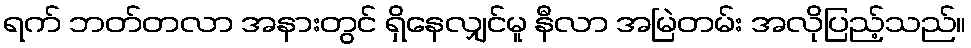
ရက် ဘတ်တလာ အနားတွင် ရှိနေလျှင်မူ နီလာ အမြဲတမ်း အလိုပြည့်သည်။